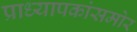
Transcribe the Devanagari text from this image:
प्राध्यापकांसमोर